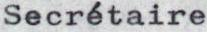
Secrétaire